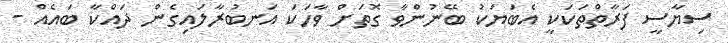
ސިޔާސީ ފަރާތްތަކަކީ އެބަޔަކު ބޭނުންވާ ގޮތަށް ވާހަކަ އަނބުރާލައިގެން ދައްކާ ބައެއް -